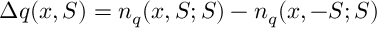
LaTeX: \Delta q ( x , S ) = n _ { q } ( x , S ; S ) - n _ { q } ( x , - S ; S )